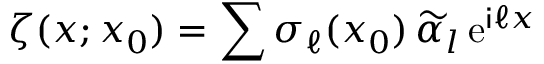
\zeta ( x ; x _ { 0 } ) = \sum \sigma _ { \ell } ( x _ { 0 } ) \, \widetilde \alpha _ { l } \, \mathrm { e } ^ { \mathsf { i } \ell x }